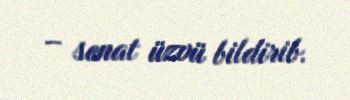
– senat üzvü bildirib.